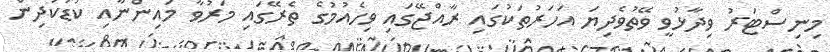
މިނިސްޓަރު ވިދާޅުވީ ވޭތުވެދިޔަ އަހަރުތަކުގައި ރާއްޖޭގައި ވިހެއުމުގެ ތެރޭގައި މަރުވާ މައިންނާއި ކުޑަކުދިން